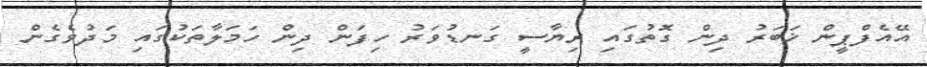
އޭއެފްޕީން ޚަބަރު ދިން ގޮތުގައި ރިޔާސީ ގަނޑުވަރު ހިފަން ދިން ހަމަލާތަކުގައި މަދުވެގެން